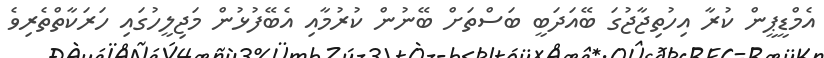
އެމްޑީޕީން ކުރާ އިހުތިޖާޖުގަ ބޭއަދަބީ ބަސްތަށް ބޭނުން ކުރުމާއި އެބޭފުޅުން މަޖިލީހުގައި ހަރަކާތްތެރިވެ